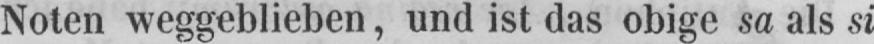
Noten weggeblieben, und ist das obige sa als si